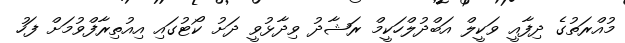
މުއްރަތުގެ ދިފާއީ ވަކީލް އަބްދުލްހަކީމް ރަޝާދު ވިދާޅުވީ ދަށު ކޯޓުގައި އިއުތިރާފްވުމަށް ފަހު